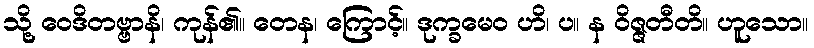
သို့ ဝေဒိတဗ္ဗာနိ၊ ကုန်၏။ တေန၊ ကြောင့်။ ဒုက္ခမေဝ ဟိ၊ ပ။ န ဝိဇ္ဇတီတိ။ ဟူသော။